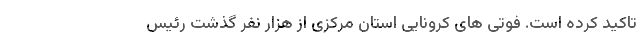
تاکید کرده است. فوتی های کرونایی استان مرکزی از هزار نفر گذشت رئیس